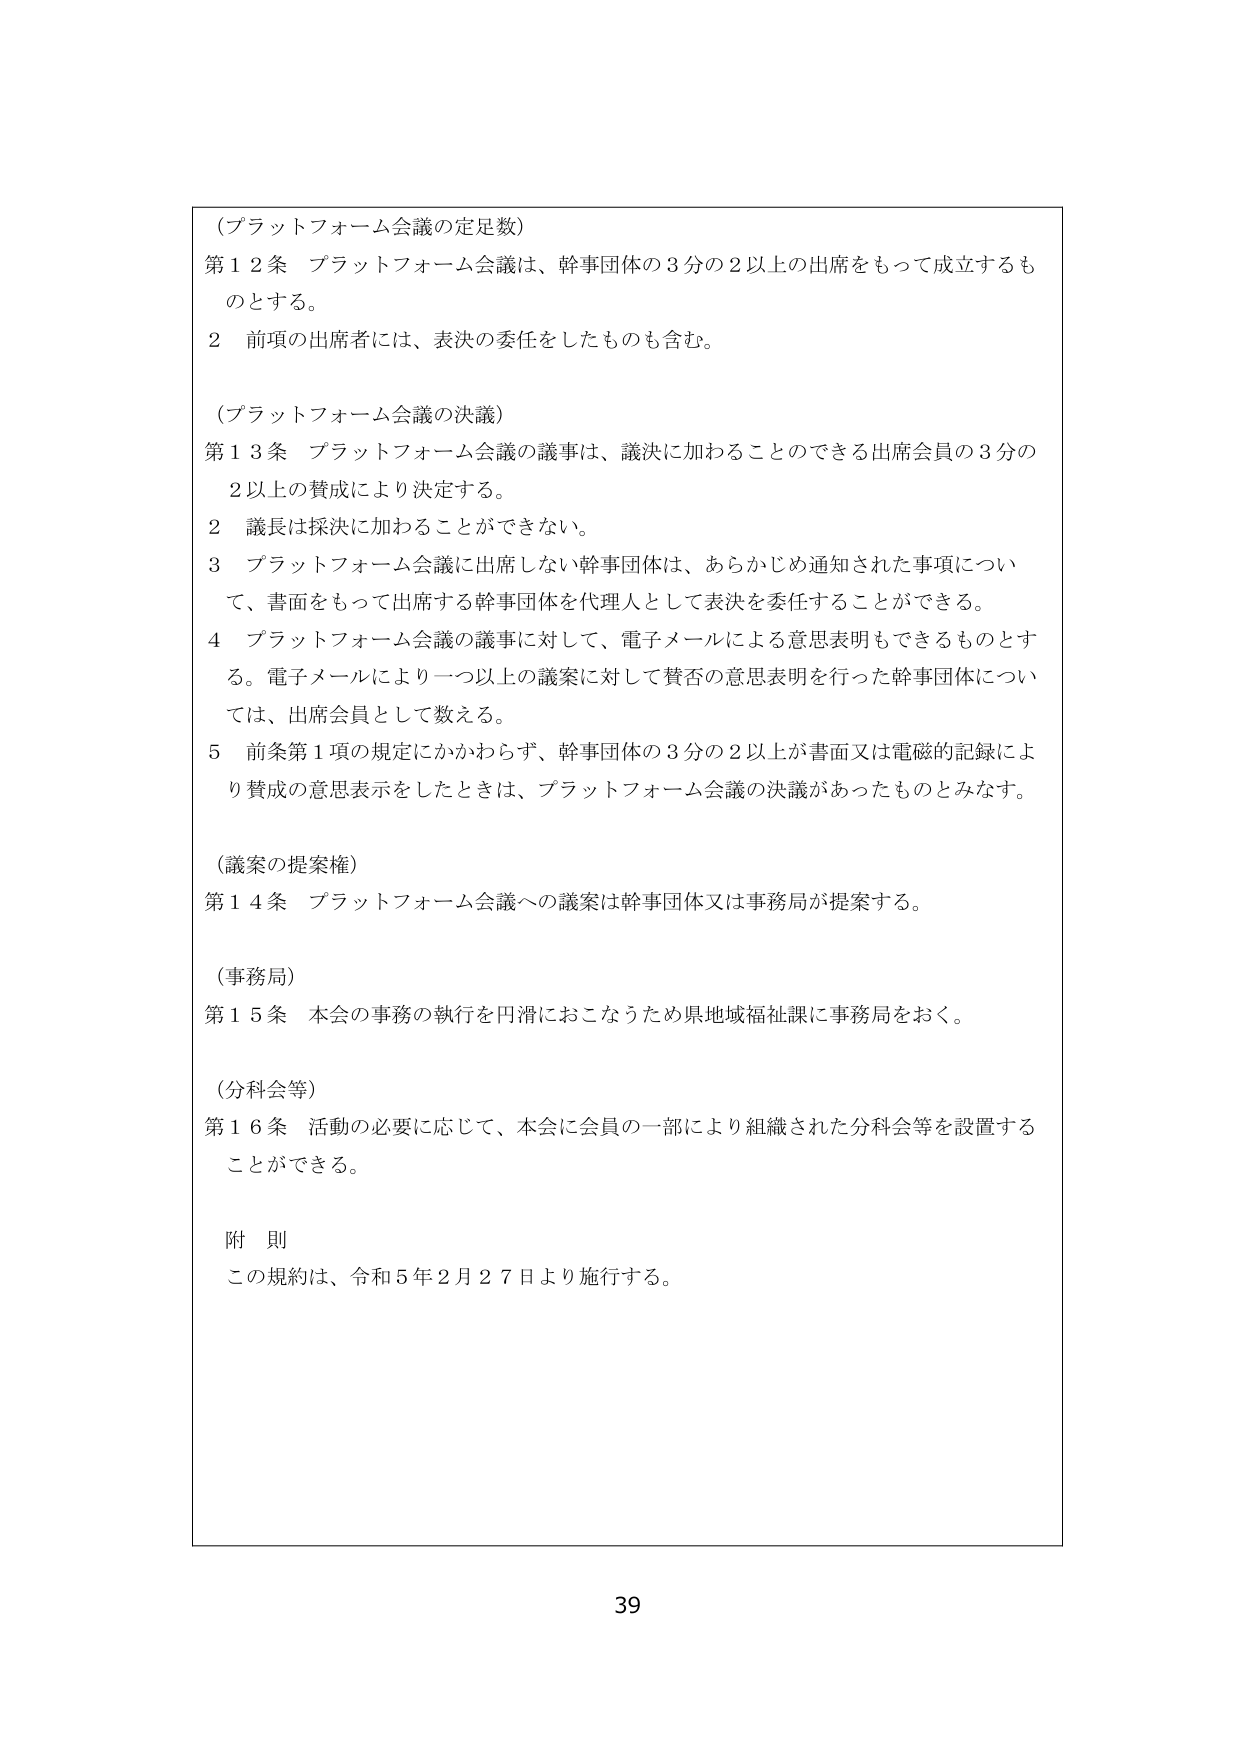
（プラットフォーム会議の定足数）
第12条 プラットフォーム会議は、幹事団体の3分の2以上の出席をもって成立するものとする。
2 前項の出席者には、表決の委任をしたものも含む。

（プラットフォーム会議の決議）
第13条 プラットフォーム会議の議事は、議決に加わることのできる出席会員の3分の2以上の賛成により決定する。
2 議長は採決に加わることができない。
3 プラットフォーム会議に出席しない幹事団体は、あらかじめ通知された事項について、書面をもって出席する幹事団体を代理人として表決を委任することができる。
4 プラットフォーム会議の議事に対して、電子メールによる意思表明もできるものとする。電子メールにより一つ以上の議案に対して賛否の意思表明を行った幹事団体については、出席会員として数える。
5 前条第1項の規定にかかわらず、幹事団体の3分の2以上が書面又は電磁的記録により賛成の意思表示をしたときは、プラットフォーム会議の決議があったものとみなす。

（議案の提案権）
第14条 プラットフォーム会議への議案は幹事団体又は事務局が提案する。

（事務局）
第15条 本会の事務の執行を円滑におこなうため県地域福祉課に事務局をおく。

（分科会等）
第16条 活動の必要に応じて、本会に会員の一部により組織された分科会等を設置することができる。

附 則
この規約は、令和5年2月27日より施行する。

39